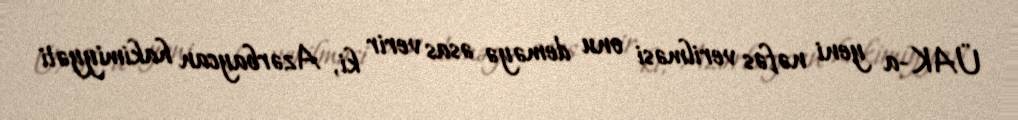
ÜAK-a yeni nəfəs verilməsi onu deməyə əsas verir ki, Azərbaycan hakimiyyəti